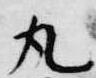
丸